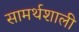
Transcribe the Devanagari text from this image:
सामर्थशाली